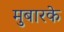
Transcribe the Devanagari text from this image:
मुबारके